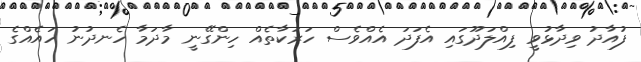
ފުއާދު ވިދާޅުވީ ފިއްލަދޫގައި އެފަދަ އެއްވެސް ހަރަކާތެއް ހިންގޭނީ މާދަމާ ހެނދުނު ހައެއްގެ